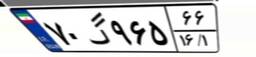
۷۰گ۹۶۵۶۶